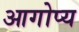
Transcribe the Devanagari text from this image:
आगोप्य